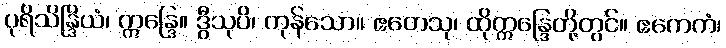
ပုရိသိန္ဒြိယံ၊ ဣန္ဒြေ။ ဒွီသုပိ၊ ကုန်သော။ ဧတေသု၊ ထိုဣန္ဒြေတို့တွင်။ ဧကေကံ၊